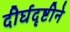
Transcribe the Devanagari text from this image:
दीर्घदृष्टीने